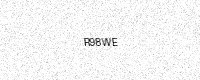
Text: R98WE